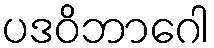
ပဒဝိဘာဂေါ